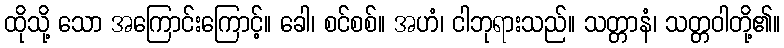
ထိုသို့ သော အကြောင်းကြောင့်။ ခေါ၊ စင်စစ်။ အဟံ၊ ငါဘုရားသည်။ သတ္တာနံ၊ သတ္တဝါတို့၏။